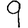
Digit: 9